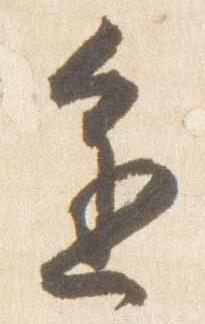
進